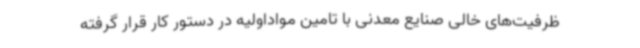
ظرفیت‌های خالی صنایع معدنی با تامین مواداولیه در دستور کار قرار گرفته